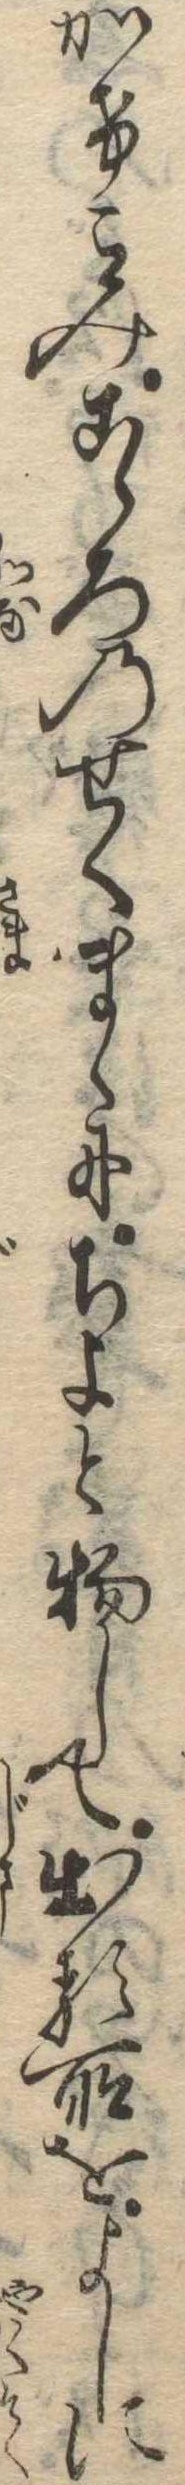
かけこみこゝろのせくまゝにちよと物して出る所をよしに